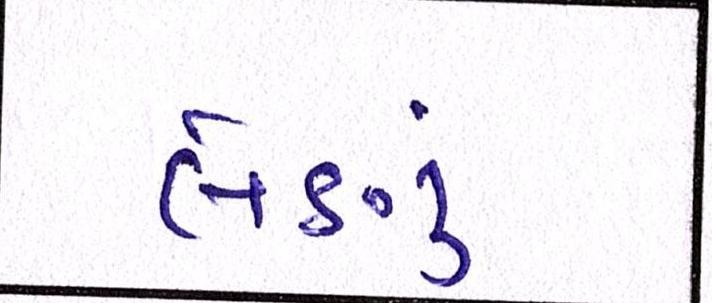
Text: લેણું